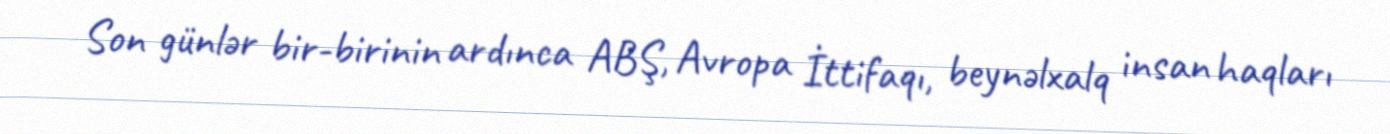
Son günlər bir-birinin ardınca ABŞ, Avropa İttifaqı, beynəlxalq insan haqları